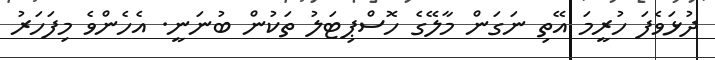
ދުޅަވެފަ ހުރީމަ އޭތި ނަގަން މާލޭގެ ހޮސްޕިޓަލު ތަކުން ބުނަނީ. އެހެންވެ މިފަހަރު